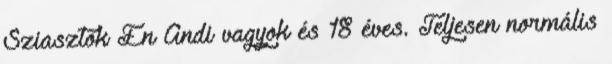
Sziasztok Én Andi vagyok és 18 éves. Teljesen normális